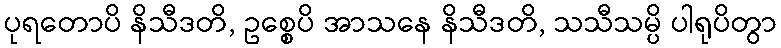
ပုရတောပိ နိသီဒတိ, ဥစ္စေပိ အာသနေ နိသီဒတိ, သသီသမ္ပိ ပါရုပိတွာ